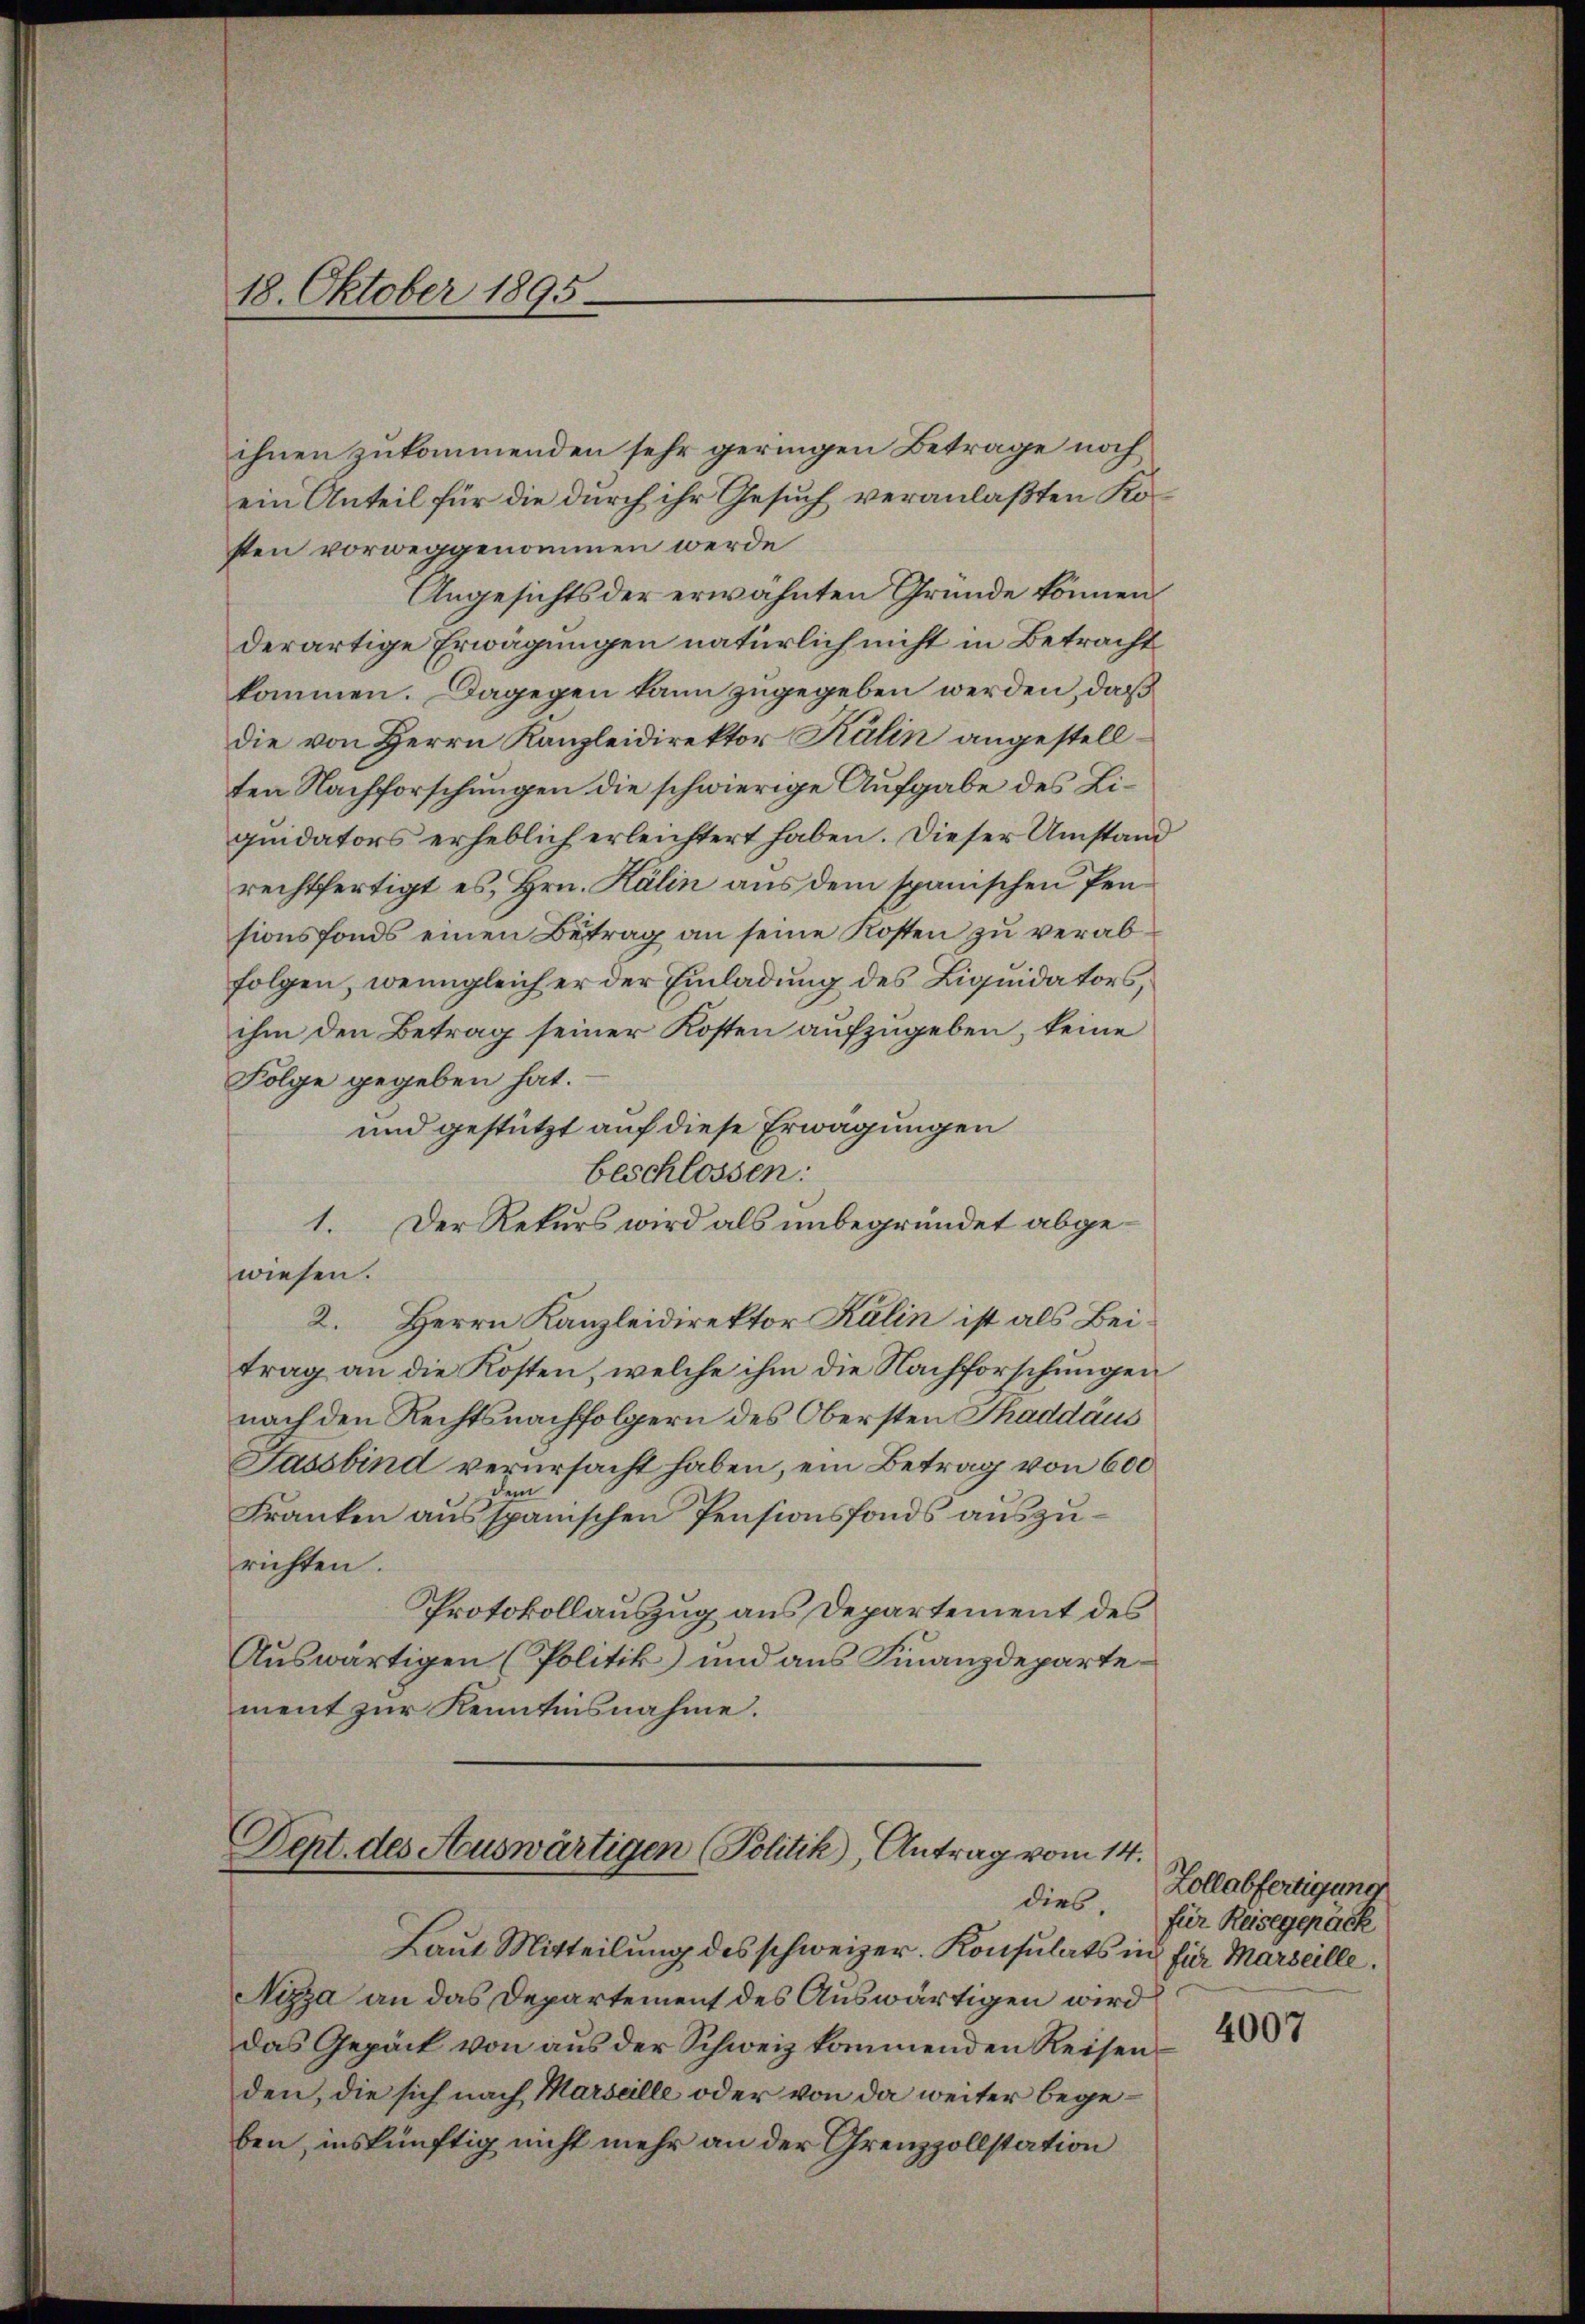
18. Oktober 1895

ihnen zukommenden sehr geringen Betrage noch
ein Anteil für die durch ihr Gesuch veranlaßten Kosten vorweggenommen werde
Angesichts der erwähnten Gründe können.
derartige Erwägungen natürlich nicht in Betracht
kommen. Dagegen kann zugegeben werden, daß
die von Herrn Kanzleidirektor Kälin angestellten Nachforschungen die schwierige Aufgabe des Liquidators erheblich erleichtert haben. Dieser Umstand
rechtfertigt es, Hrn. Kälin aŭs dem spanischen Pensionsfonds einen Betrag an seine Kosten zu verabfolgen, wenngleich er der Einladung des Liquidators,
ihm den Betrag seiner Kosten aufzugeben, keine
Folge gegeben hat.
und gestützt auf diese Erwägungen
beschlossen:
1. Der Rekurs wird als unbegründet abgewiesen.
2. Herrn Kanzleidirektor Kälin ist als Beitrag an die Kosten, welche ihm die Nachforschungen
nach den Rechtsnachfolgern des Obersten Thaddäus
Fassbind verursacht haben, ein Betrag von 600
dem
Franken ausspanischen Pensionsfonds auszurichten.
Protokollauszug aus Departement des
Auswärtigen (Politik und aus Finanzdepartement zur Kenntnisnahme.

Dept. des Auswärtigen (Politik, Antrag vom 14.
dies.
Laut Mitteilung des schweizer. Konsulats in für Marseille.

Nizza an das Departement des Auswärtigen wird
das Gepäck von aus der Schweiz kommenden Reisen
den, die sich nach Marseille oder von da weiter begeben, inskünftig nicht mehr an der Grenzzollstation

Zollabfertigung
für Reisegepäck

4007